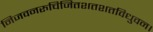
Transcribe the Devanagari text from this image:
निजवनरुचिजितशतशतविधुवन।